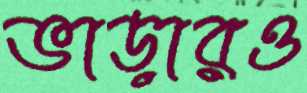
ভাড়ারও